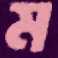
ম